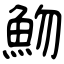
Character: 魩